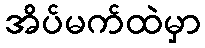
အိပ်မက်ထဲမှာ